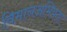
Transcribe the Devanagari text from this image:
विमानअभियंता